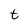
Character: t